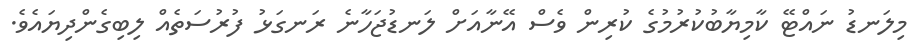
މިލަނޑު ނައްޓޭ ކާމިޔާބުކުރުމުގެ ކުރިން ވެސް އޭނާއަށް ލަނޑުޖަހާނެ ރަނގަޅު ފުރުސަތެއް ލިބިގެންދިޔައެވެ.